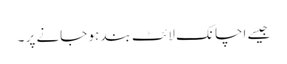
جیسے اچانک لائٹ بند ہو جانے پر ۔